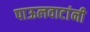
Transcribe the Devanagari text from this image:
पाऊलवाटांनी